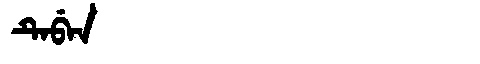
Manchu: ᡨᡝᠪᡝᠨ
Romanization: TEBEN